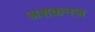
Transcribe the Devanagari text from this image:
अशकनज